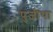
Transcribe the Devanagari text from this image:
पुजीथा